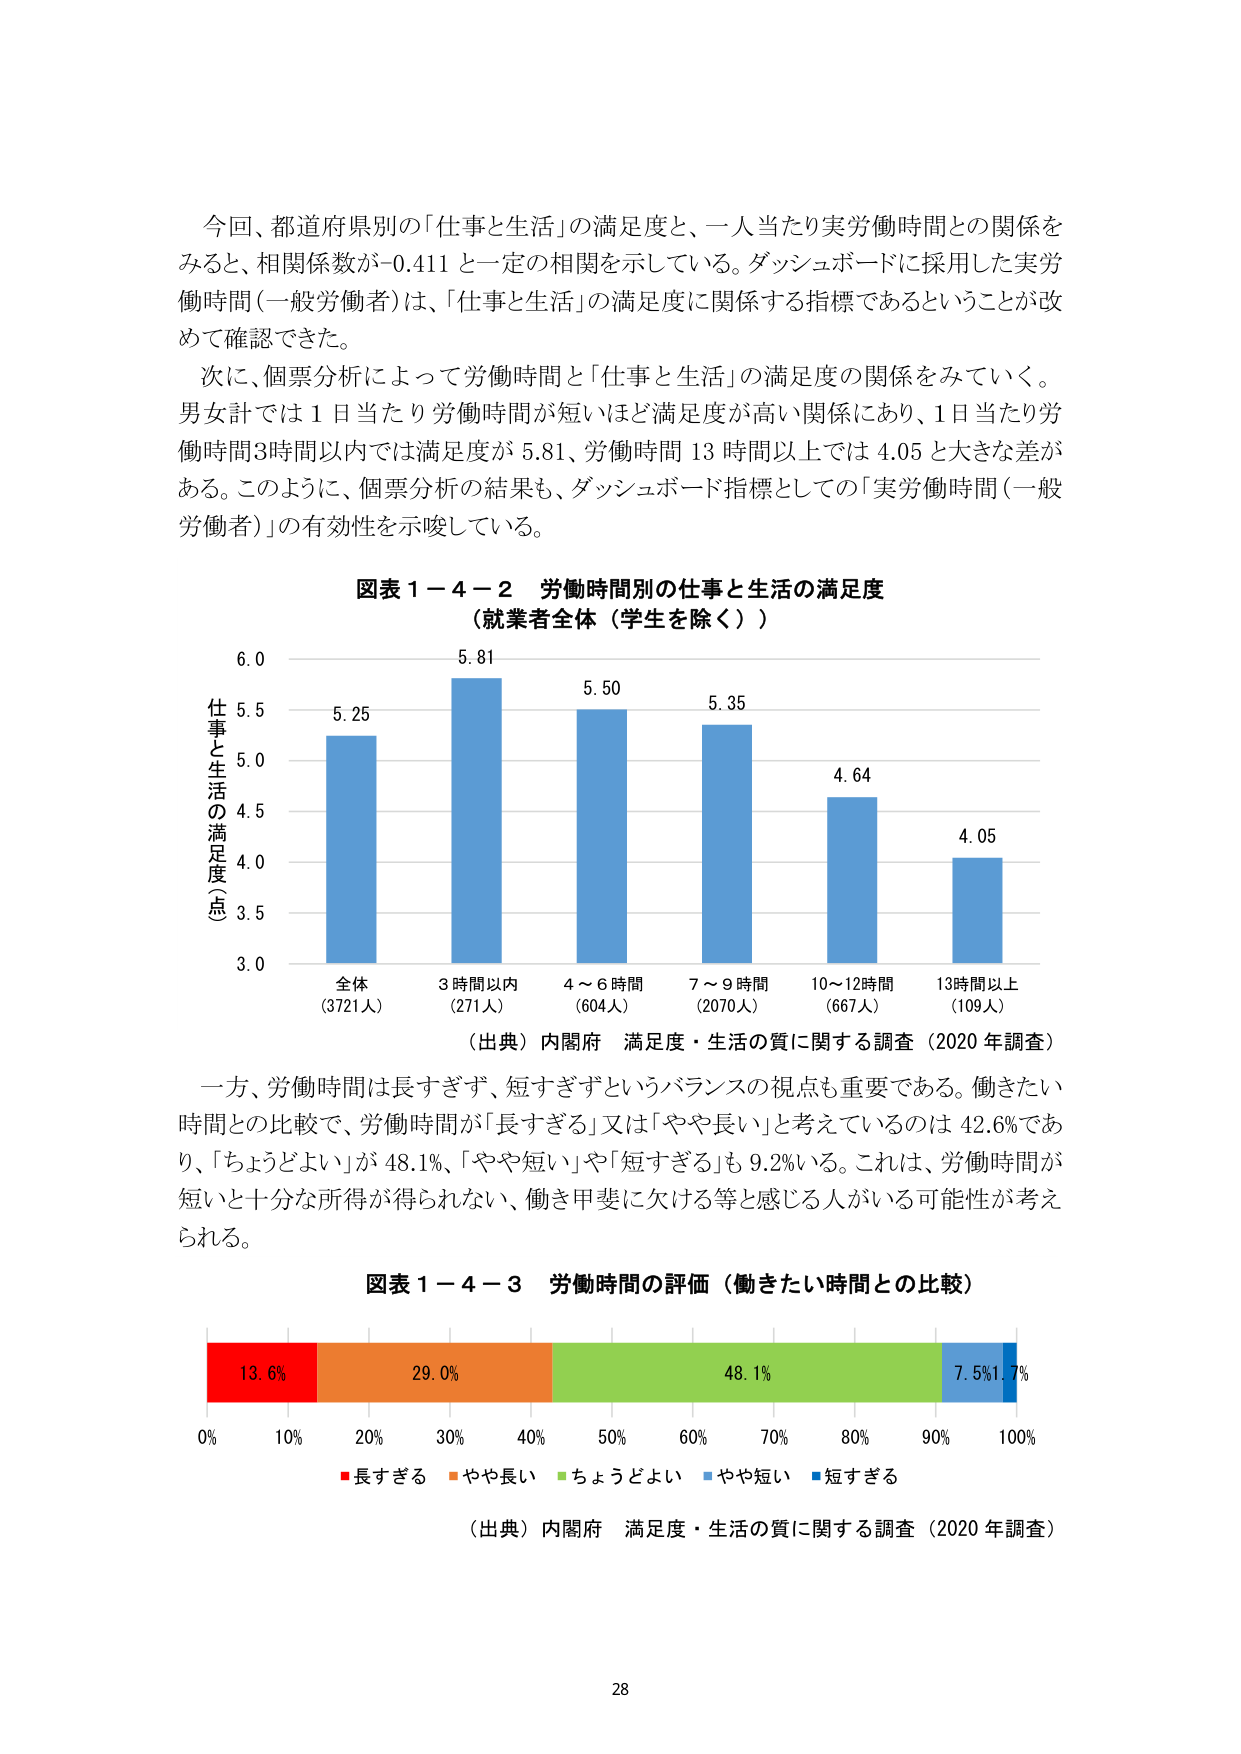
今回、都道府県別の「仕事と生活」の満足度と、一人当たり実労働時間との関係をみると、相関係数が-0.411 と一定の相関を示している。ダッシュボードに採用した実労働時間（一般労働者）は、「仕事と生活」の満足度に関係する指標であるということが改めて確認できた。

次に、個票分析によって労働時間と「仕事と生活」の満足度の関係を見ていく。男女計では１日当たり労働時間が短いほど満足度が高い関係にあり、１日当たり労働時間3時間以内では満足度が 5.81、労働時間 13 時間以上では 4.05 と大きな差がある。このように、個票分析の結果も、ダッシュボード指標としての「実労働時間（一般労働者）」の有効性を示唆している。

図表１－４－２ 労働時間別の仕事と生活の満足度
（就業者全体（学生を除く））

仕事と生活の満足度（点）
6.0
5.81
5.50
5.35
4.64
4.05
5.5
5.25
5.0
4.5
4.0
3.5
3.0

全体（3721人）
3時間以内（271人）
4～6時間（604人）
7～9時間（2070人）
10～12時間（667人）
13時間以上（109人）

（出典）内閣府 満足度・生活の質に関する調査（2020年調査）

一方、労働時間は長すぎず、短すぎずというバランスの視点も重要である。働きたい時間との比較で、労働時間が「長すぎる」又は「やや長い」と考えているのは 42.6％であり、「ちょうどよい」が 48.1％、「やや短い」や「短すぎる」も 9.2％いる。これは、労働時間が短いと十分な所得が得られない、働き甲斐に欠ける等と感じる人がいる可能性が考えられる。

図表１－４－３ 労働時間の評価（働きたい時間との比較）

13.6% 29.0% 48.1% 7.5% 1.7%
0% 10% 20% 30% 40% 50% 60% 70% 80% 90% 100%

■長すぎる ■やや長い ■ちょうどよい ■やや短い ■短すぎる

（出典）内閣府 満足度・生活の質に関する調査（2020年調査）

28